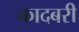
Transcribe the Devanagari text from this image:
कादबरी